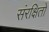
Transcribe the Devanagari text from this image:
संरक्षितो